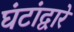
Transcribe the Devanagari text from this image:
घंटांद्वारे